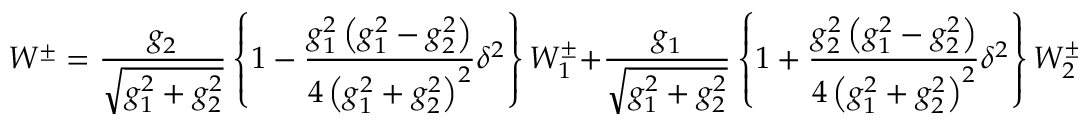
W ^ { \pm } = \frac { g _ { 2 } } { \sqrt { g _ { 1 } ^ { 2 } + g _ { 2 } ^ { 2 } } } \left\{ 1 - \frac { g _ { 1 } ^ { 2 } \left( g _ { 1 } ^ { 2 } - g _ { 2 } ^ { 2 } \right) } { 4 \left( g _ { 1 } ^ { 2 } + g _ { 2 } ^ { 2 } \right) ^ { 2 } } \delta ^ { 2 } \right\} W _ { 1 } ^ { \pm } + \frac { g _ { 1 } } { \sqrt { g _ { 1 } ^ { 2 } + g _ { 2 } ^ { 2 } } } \left\{ 1 + \frac { g _ { 2 } ^ { 2 } \left( g _ { 1 } ^ { 2 } - g _ { 2 } ^ { 2 } \right) } { 4 \left( g _ { 1 } ^ { 2 } + g _ { 2 } ^ { 2 } \right) ^ { 2 } } \delta ^ { 2 } \right\} W _ { 2 } ^ { \pm } \, \, ,